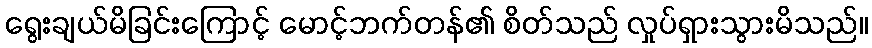
ရွေးချယ်မိခြင်းကြောင့် မောင့်ဘက်တန်၏ စိတ်သည် လှုပ်ရှားသွားမိသည်။